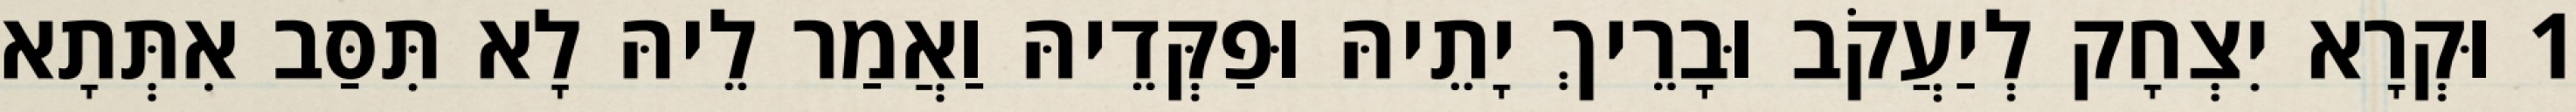
1 וּקְרָא יִצְחָק לְיַעֲקֹב וּבָרֵיךְ יָתֵיהּ וּפַקְּדֵיהּ וַאֲמַר לֵיהּ לָא תִּסַּב אִתְּתָא